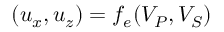
( { u _ { x } } , { u _ { z } } ) = f _ { e } ( { V _ { P } , V _ { S } } )